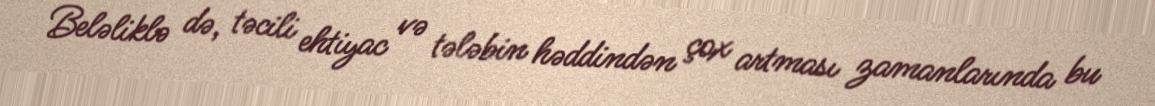
Beləliklə də, təcili ehtiyac və tələbin həddindən çox artması zamanlarında bu